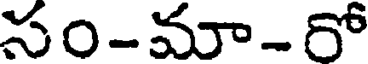
సం-మా- రో